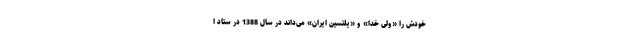
خودش را «ولیّ خدا» و «یلتسین ایران» می‌داند در سال 1388 در ستاد ا